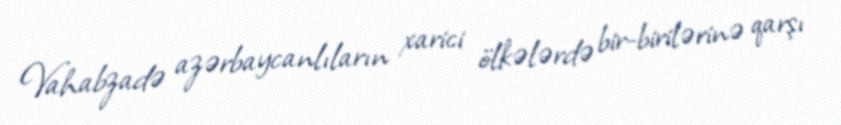
Vahabzadə azərbaycanlıların xarici ölkələrdə bir-birilərinə qarşı